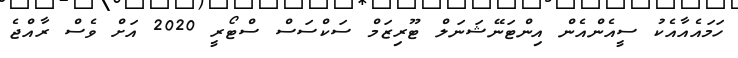
ހަމައެއާއެކު ސީއެންއެން އިންޓަނޭޝަނަލް ޓޫރިޒަމް ސަކްސަސް ސްޓޯރީ 2020 އަށް ވެސް ރާއްޖެ